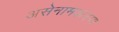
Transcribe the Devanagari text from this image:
असेनामकरण